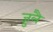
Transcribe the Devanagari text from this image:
ज़ुलै